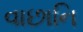
વાછાનિ